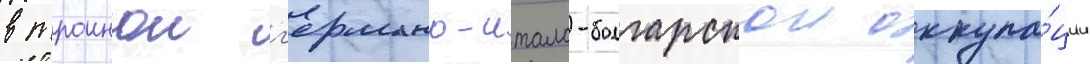
в троинои г'ермано-итало-болгарскои оккупа́ции